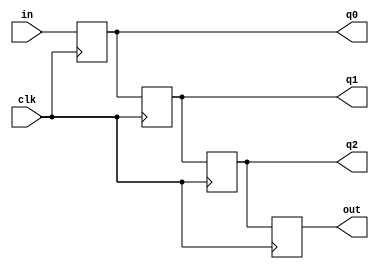
module shift_nonblocking(q0, q1, q2, out, in, clk);
input in, clk;
output reg q0, q1, q2, out; 


always@(posedge clk)
begin
    q0  <= in;
    q1  <= q0;
    q2  <= q1;
    out <= q2;
end 
endmodule